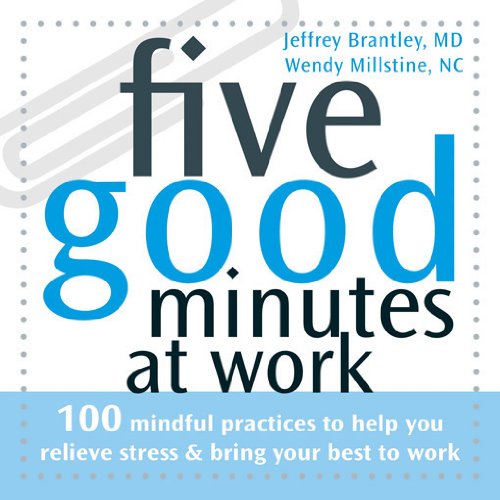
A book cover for Five Good Minutes at Work: 100 Mindful Practices to Help You Relieve Stress and Bring Your Best to Work (The Five Good Minutes Series); Jeffrey Brantley MD; Health, Fitness & Dieting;